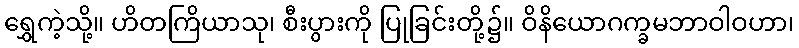
ရွှေကဲ့သို့။ ဟိတကြိယာသု၊ စီးပွားကို ပြုခြင်းတို့၌။ ဝိနိယောဂက္ခမဘာဝါဝဟာ၊